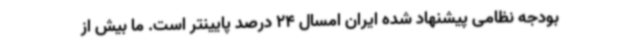
بودجه نظامی پیشنهاد شده ایران امسال 24 درصد پایینتر است. ما بیش از